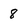
Character: 8